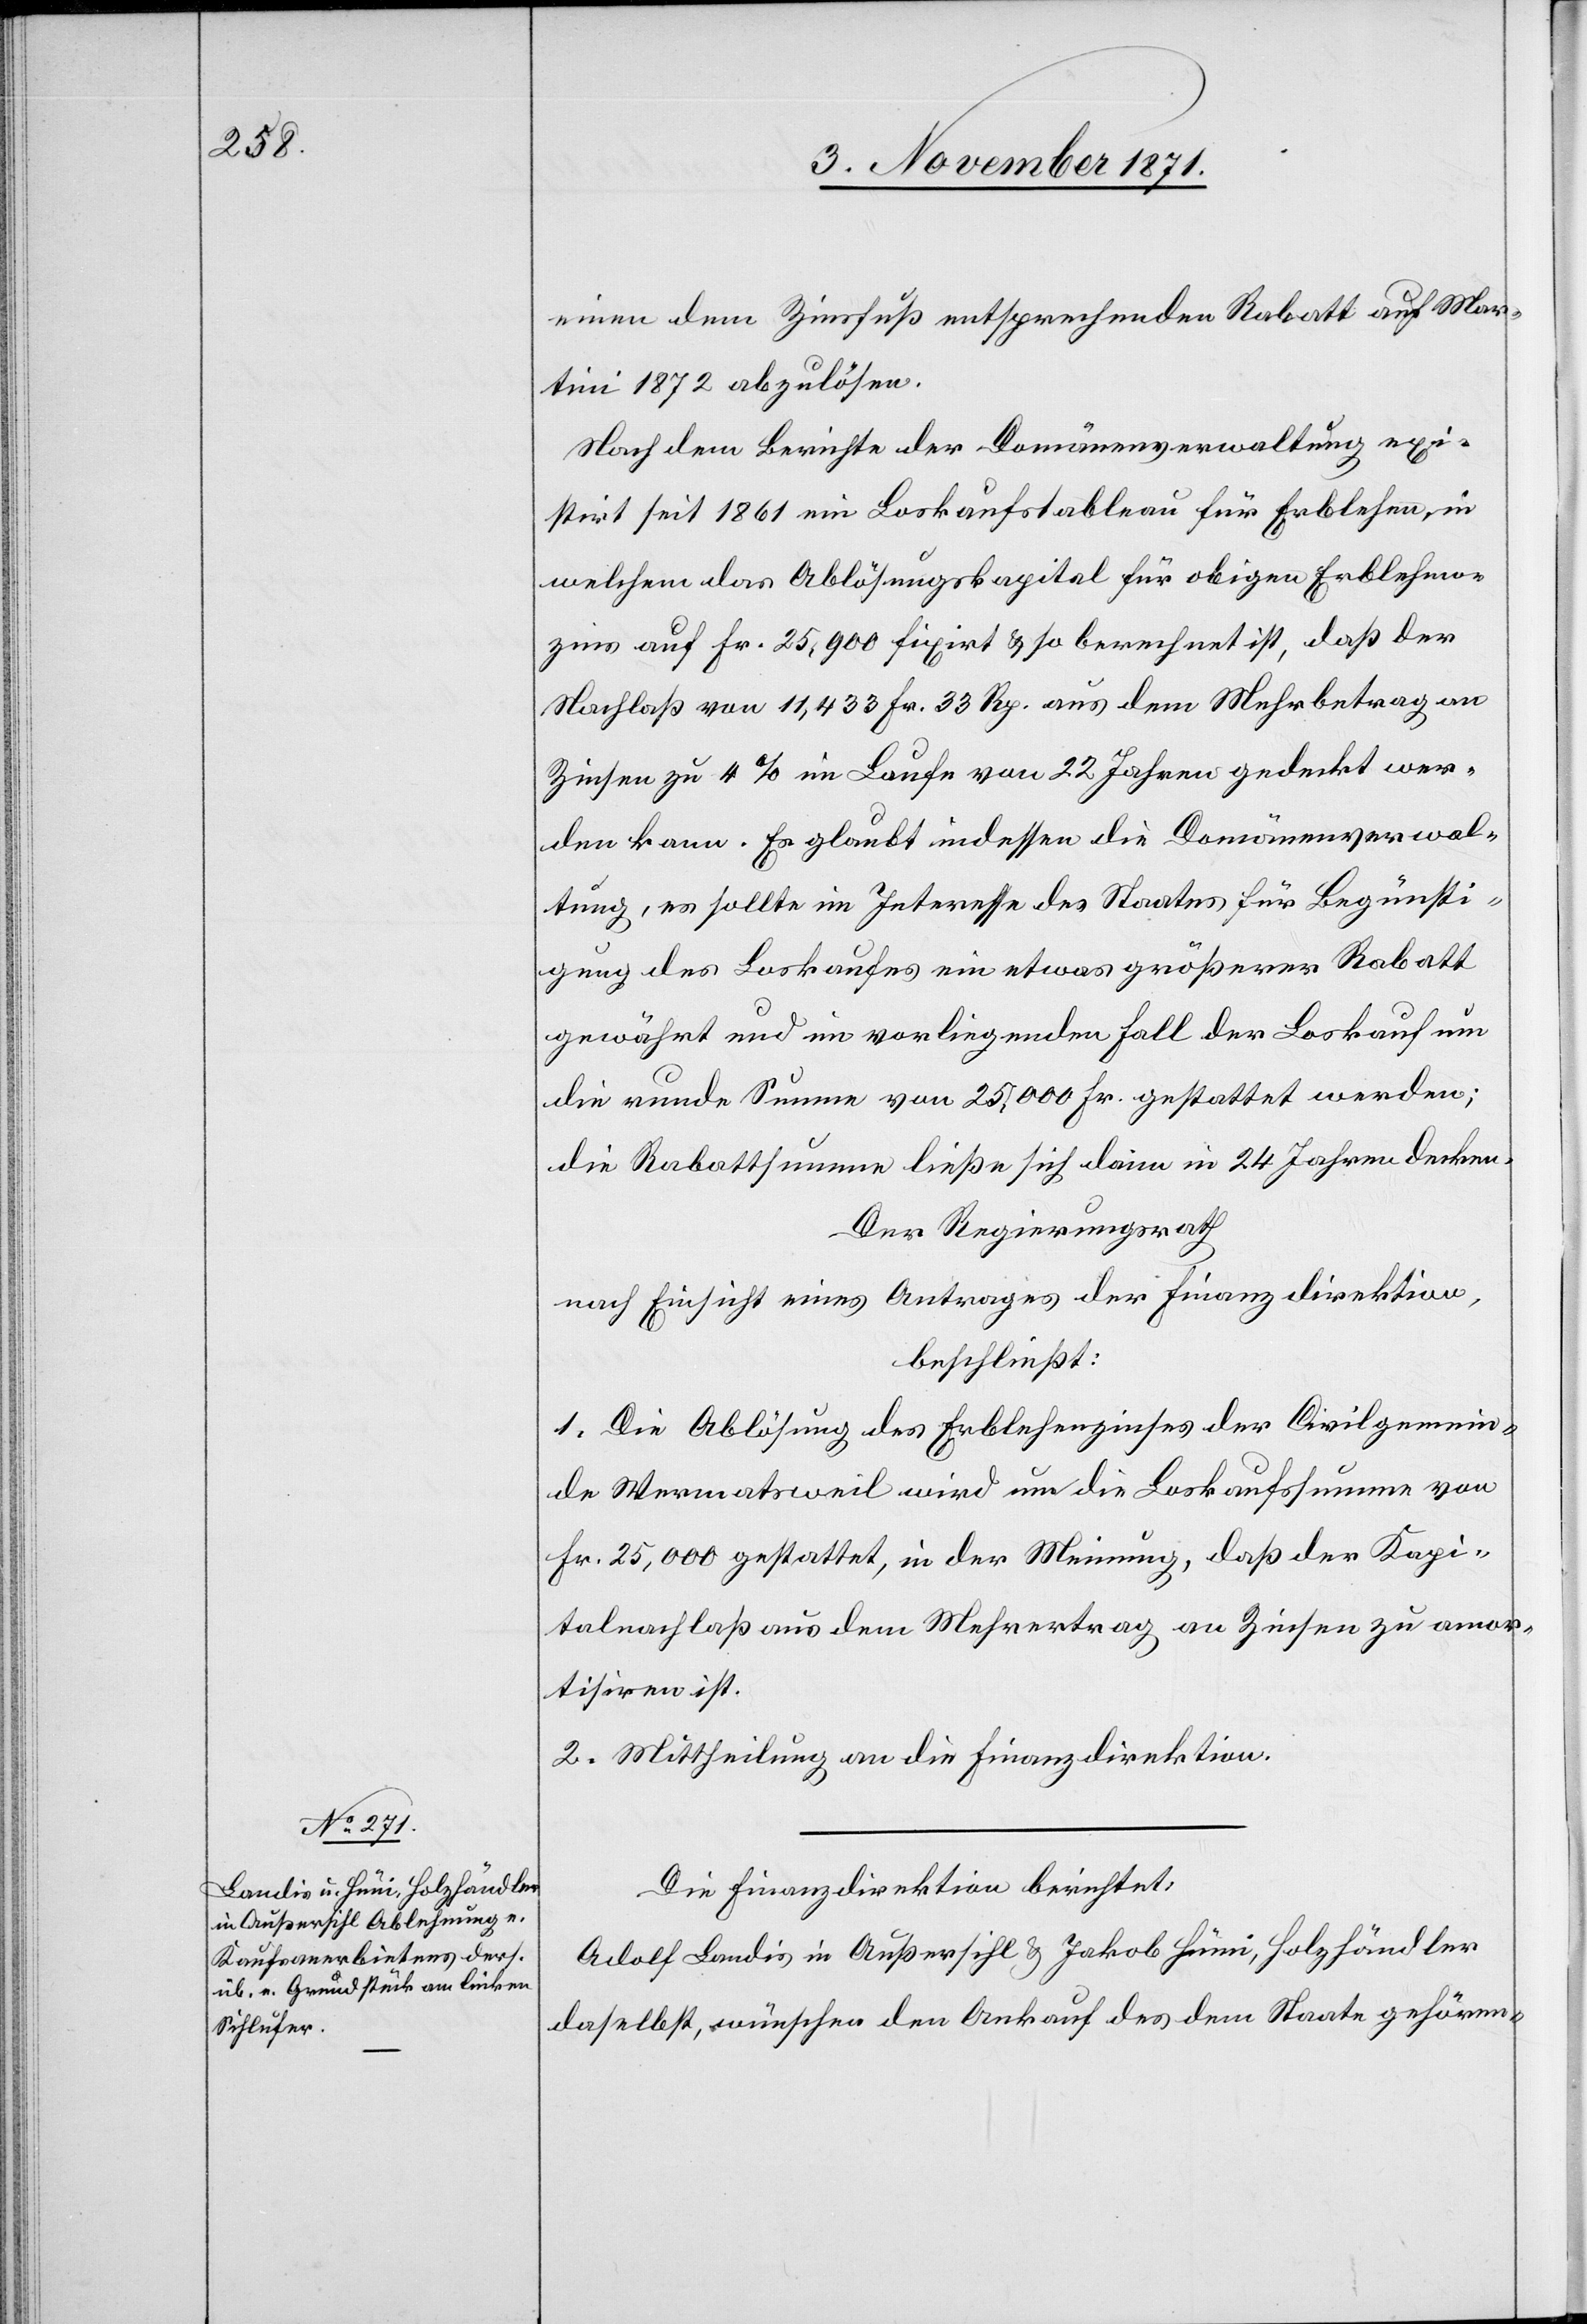
Die Finanzdirektion berichtet:
Adolf Landis in Außersihl & Jakob Hüni, Holzhändler
daselbst, wünschen den Ankauf des dem Staate gehören-